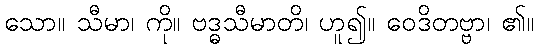
သော။ သီမာ၊ ကို။ ဗဒ္ဓသီမာတိ၊ ဟူ၍။ ဝေဒိတဗ္ဗာ၊ ၏။